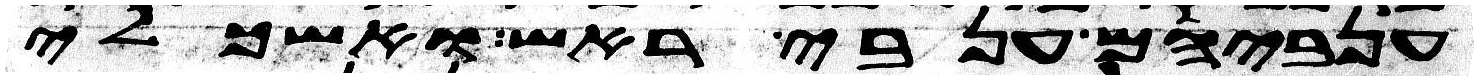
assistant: ענביהם ענבי ראש ואשכלי